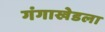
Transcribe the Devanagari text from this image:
गंगाखेडला